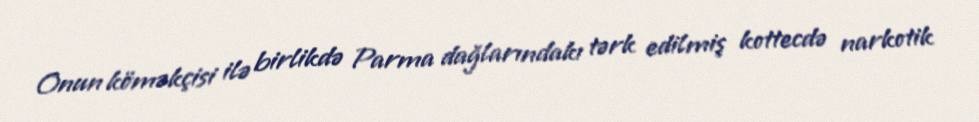
Onun köməkçisi ilə birlikdə Parma dağlarındakı tərk edilmiş kottecdə narkotik